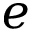
e